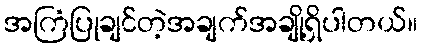
အကြံပြုချင်တဲ့အချက်အချို့ရှိပါတယ်။